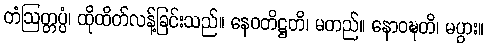
တံဩတ္တပ္ပံ၊ ထိုထိတ်လန့်ခြင်းသည်။ နေဝတိဋ္ဌတိ၊ မတည်။ နောဝဍ္ဎတိ၊ မပွား။